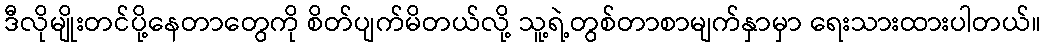
ဒီလိုမျိုးတင်ပို့နေတာတွေကို စိတ်ပျက်မိတယ်လို့ သူ့ရဲ့တွစ်တာစာမျက်နှာမှာ ရေးသားထားပါတယ်။